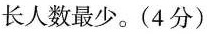
长人数最少。(4分)